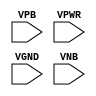
module sky130_fd_sc_ms__tapmet1 (
    //# {{power|Power}}
    input VPB ,
    input VPWR,
    input VGND,
    input VNB
);
endmodule